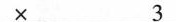
$$\underline{\times 3}$$